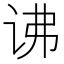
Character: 𬣧